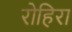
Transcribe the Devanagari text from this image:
रोहिरा